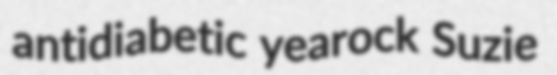
antidiabetic yearock Suzie